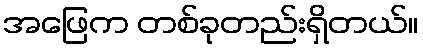
အဖြေက တစ်ခုတည်းရှိတယ်။